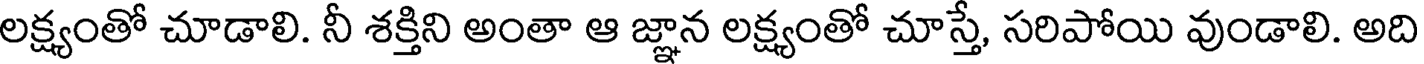
లక్ష్యంతో చూడాలి. నీ శక్తిని అంతా ఆ జ్ఞాన లక్ష్యంతో చూస్తే, సరిపోయి వుండాలి. అది